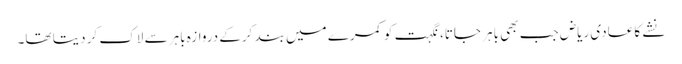
نشے کا عادی ریاض جب بھی باہر جاتا، نگہت کو کمرے میں بند کرکے دروازہ باہر سے لاک کر دیتا تھا۔